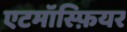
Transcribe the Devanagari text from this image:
एटमॉस्फ़ियर